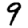
Digit: 9